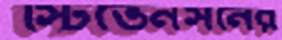
স্টিভেনসনের